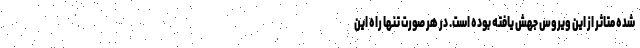
شده متاثر از این ویروس جهش یافته بوده است. در هر صورت تنها راه این